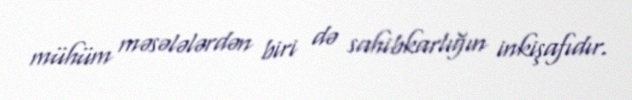
mühüm məsələlərdən biri də sahibkarlığın inkişafıdır.